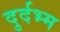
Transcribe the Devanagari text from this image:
दुर्दभ्म